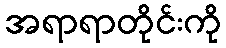
အရာရာတိုင်းကို